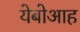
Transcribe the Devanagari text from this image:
येबोआह